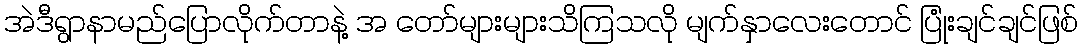
အဲဒီရွာနာမည်ပြောလိုက်တာနဲ့ အ တော်များများသိကြသလို မျက်နှာလေးတောင် ပြုံးချင်ချင်ဖြစ်